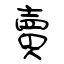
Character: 賣